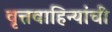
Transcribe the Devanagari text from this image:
वृत्तवाहिन्यांची